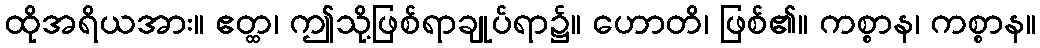
ထိုအရိယအား။ ဧတ္ထ၊ ဤသို့ဖြစ်ရာချုပ်ရာ၌။ ဟောတိ၊ ဖြစ်၏။ ကစ္စာန၊ ကစ္စာန။